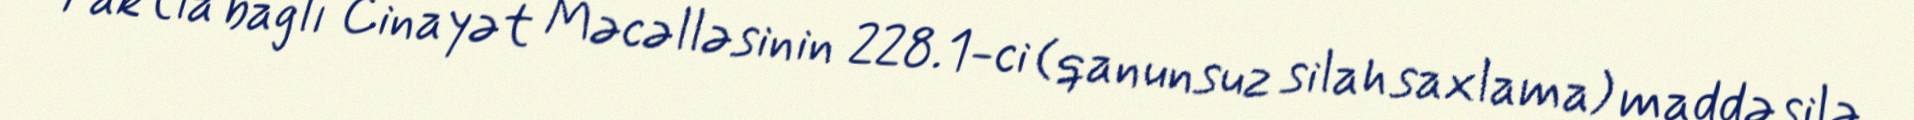
Faktla bağlı Cinayət Məcəlləsinin 228.1-ci (qanunsuz silah saxlama) maddəsilə